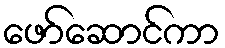
ဖော်ဆောင်ကာ